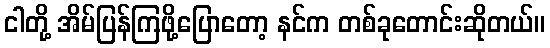
ငါတို့ အိမ်ပြန်ကြဖို့ပြောတော့ နင်က တစ်ခုတောင်းဆိုတယ်။